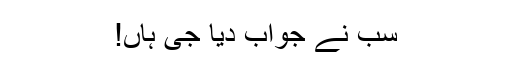
سب نے جواب دیا جی ہاں!